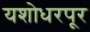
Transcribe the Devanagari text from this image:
यशोधरपूर